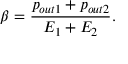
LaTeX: \beta = \frac { p _ { o u t 1 } + p _ { o u t 2 } } { E _ { 1 } + E _ { 2 } } .